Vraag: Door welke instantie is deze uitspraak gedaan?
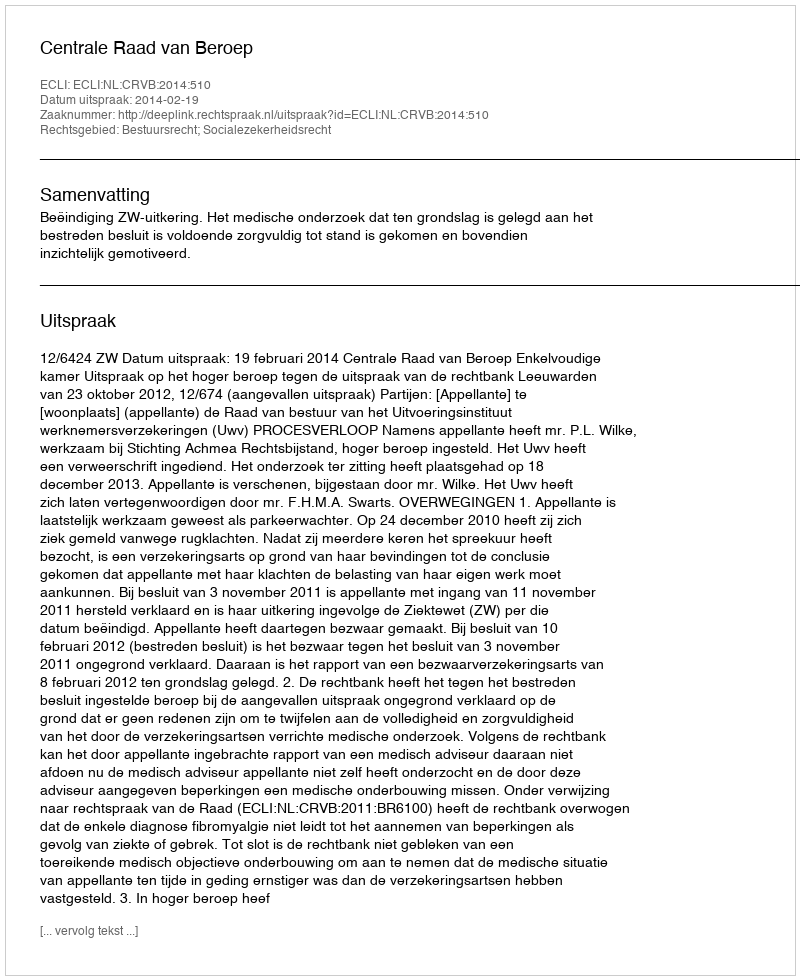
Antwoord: Centrale Raad van Beroep